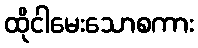
ထိုငါမေးသောစကား